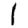
Digit: 1